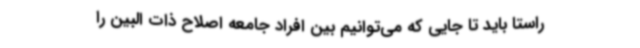
راستا باید تا جایی که می‌توانیم بین افراد جامعه اصلاح ذات البین را